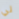
لي